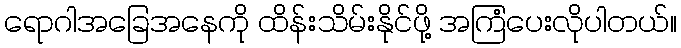
ရောဂါအခြေအနေကို ထိန်းသိမ်းနိုင်ဖို့ အကြံပေးလိုပါတယ်။